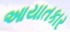
આયાતકાર